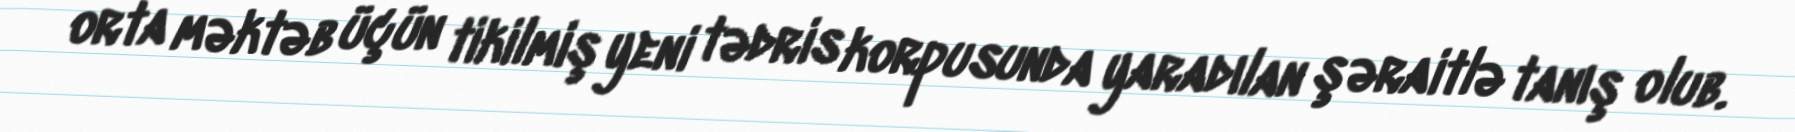
orta məktəb üçün tikilmiş yeni tədris korpusunda yaradılan şəraitlə tanış olub.